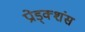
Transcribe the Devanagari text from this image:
प्रोड्क्शंस